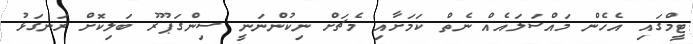
ޓީމްގައި އެހެން މައްސަލައެއް ނެތް ކަމަށާއި މެޗަށް ނިކުންނަނީ ސިންގަޕޫރު ބަލިކޮށް ރަނގަޅު